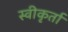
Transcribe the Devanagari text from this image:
स्वीकृर्ता